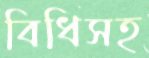
বিধিসহ